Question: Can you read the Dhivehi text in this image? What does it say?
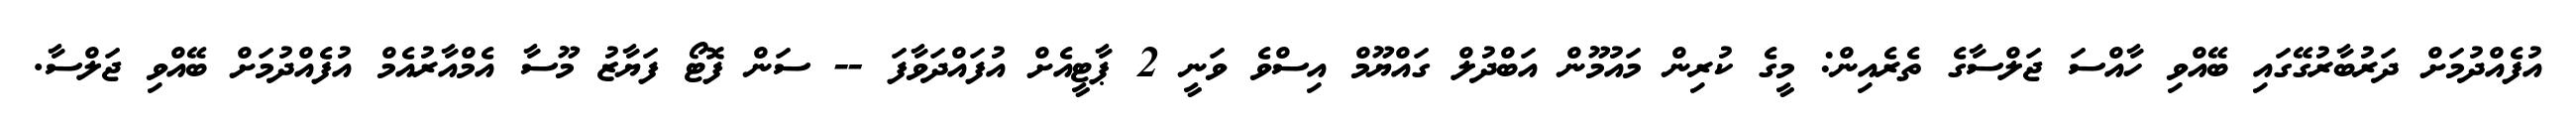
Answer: އުފެއްދުމަށް ދަރުބާރުގޭގައި ބޭއްވި ހާއްސަ ޖަލްސާގެ ތެރެއިން: މީގެ ކުރިން މައުމޫން އަބްދުލް ގައްޔޫމް އިސްވެ ވަނީ 2 ޕާޓީއެށް އުފައްދަވާފަ -- ސަން ފޮޓޯ ފަޔާޒު މޫސާ އެމްއާރުއެމް އުފެއްދުމަށް ބޭއްވި ޖަލްސާ.